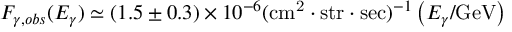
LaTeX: F _ { \gamma , o b s } ( E _ { \gamma } ) \simeq ( 1 . 5 \pm 0 . 3 ) \times 1 0 ^ { - 6 } ( \mathrm { c m ^ { 2 } } \cdot \mathrm { s t r } \cdot \mathrm { s e c } ) ^ { - 1 } \left( E _ { \gamma } / \mathrm { G e V } \right)